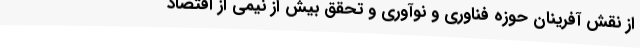
از نقش آفرینان حوزه فناوری و نوآوری و تحقق بیش از نیمی از اقتصاد